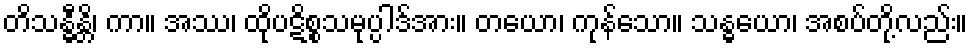
တိသန္ဓီန္တိ၊ ကာ။ အဿ၊ ထိုပဋိစ္စသမုပ္ပါဒ်အား။ တယော၊ ကုန်သော။ သန္ဓယော၊ အစပ်တို့လည်း။